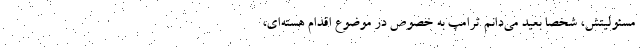
مسئولیتش، شخصا بعید می‌دانم ترامپ به خصوص در موضوع اقدام هسته‌ای،